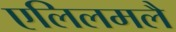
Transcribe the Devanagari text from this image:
एलिलमलै